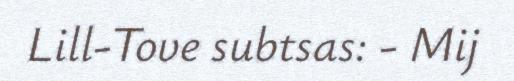
Lill-Tove subtsas: - Mij